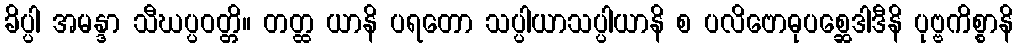
ခိပ္ပါ အမန္ဒာ သီဃပ္ပဝတ္တိ။ တတ္ထ ယာနိ ပရတော သပ္ပါယာသပ္ပါယာနိ စ ပလိဗောဓုပစ္ဆေဒါဒီနိ ပုဗ္ဗကိစ္စာနိ